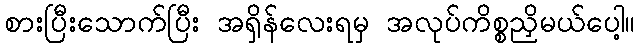
စားပြီးသောက်ပြီး အရှိန်လေးရမှ အလုပ်ကိစ္စညှိမယ်ပေါ့။